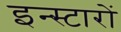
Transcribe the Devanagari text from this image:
इन्स्टारों